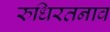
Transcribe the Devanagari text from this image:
रुधिरतनाव